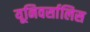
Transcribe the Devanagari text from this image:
यूनिवर्सालिस